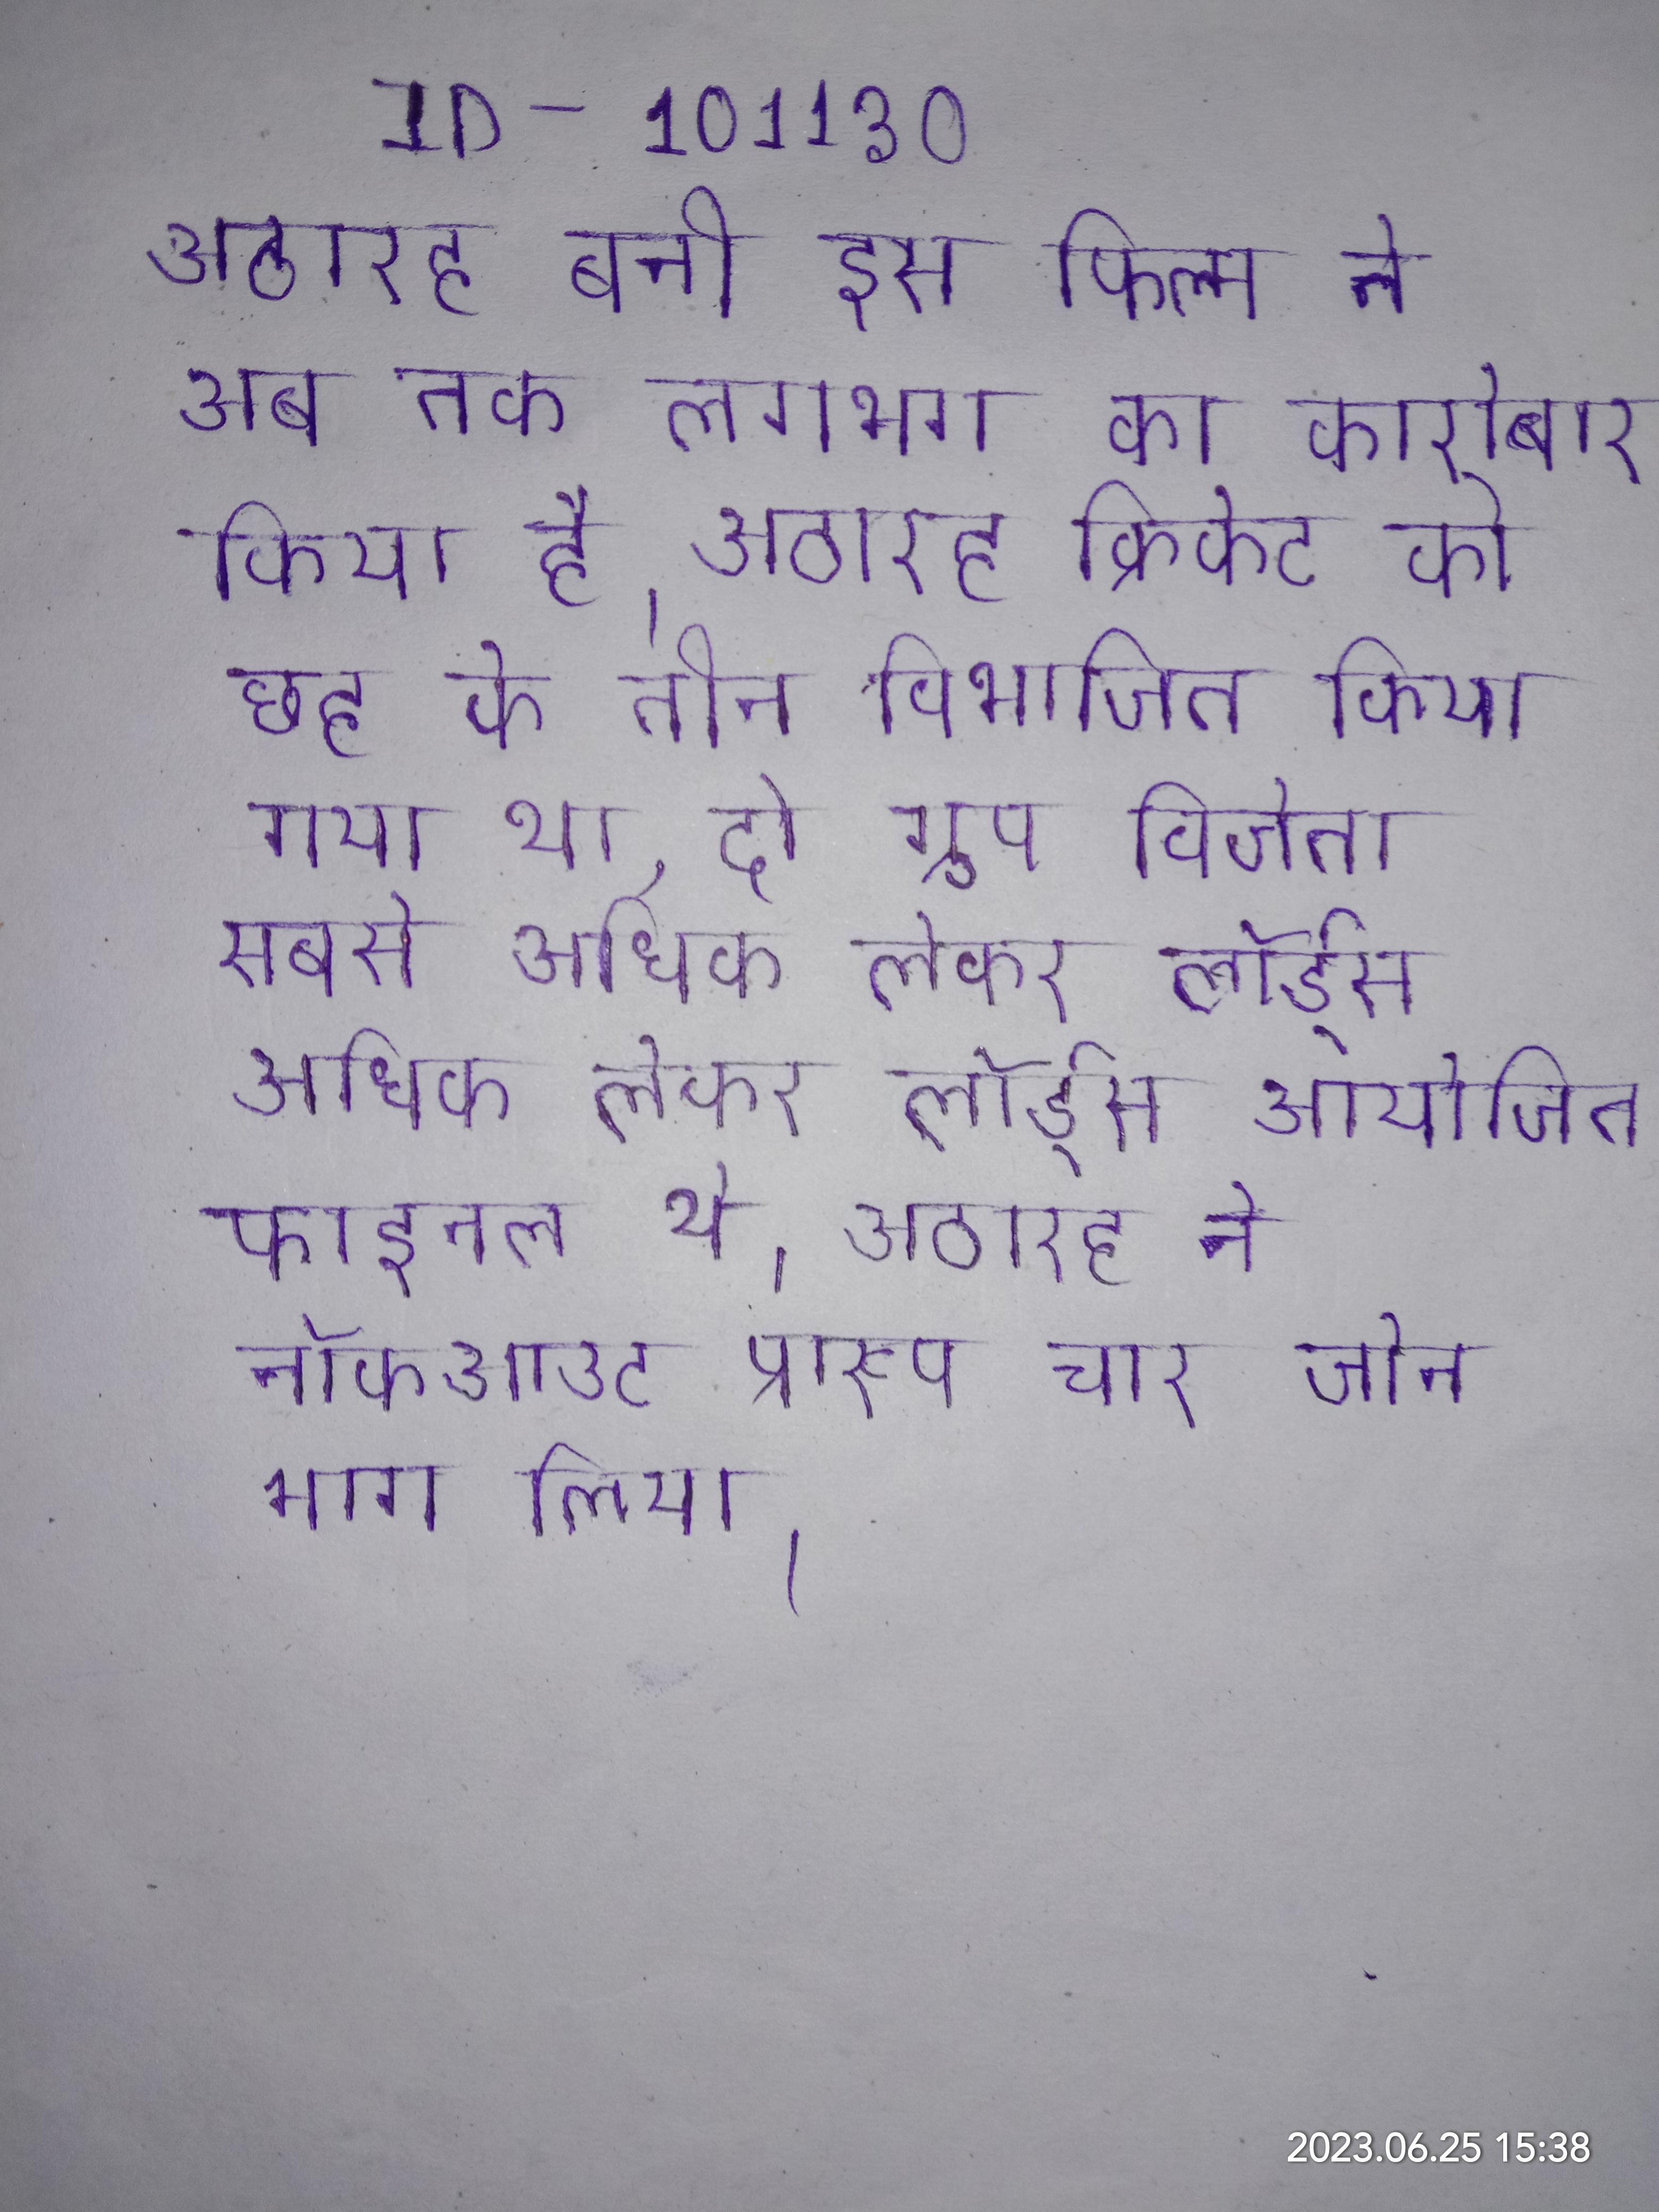
अठारह बनी इस फिल्म ने अब तक लगभग का कारोबार किया है । अठारह क्रिकेट को छह के तीन विभाजित किया गया था, दो ग्रुप विजेता सबसे अधिक लेकर लॉर्ड्स आयोजित फाइनल थे । अठारह ने नॉकआउट प्रारूप चार जोन भाग लिया ।